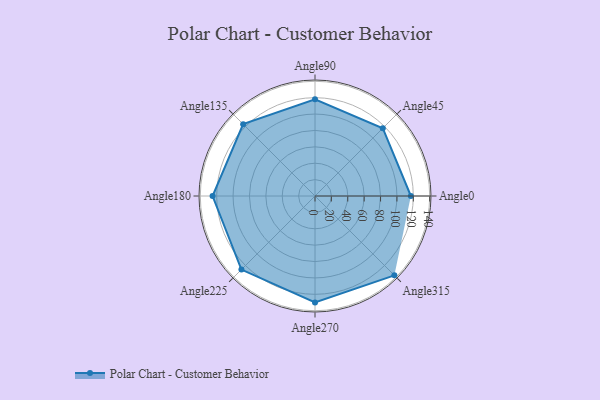
{"axis": {"x": "Angle", "y": "Radius"}, "legend": [""], "data": [{"x": "Angle0", "y": 117.0, "type": ""}, {"x": "Angle45", "y": 117.0, "type": ""}, {"x": "Angle90", "y": 118.0, "type": ""}, {"x": "Angle135", "y": 124.0, "type": ""}, {"x": "Angle180", "y": 125.0, "type": ""}, {"x": "Angle225", "y": 127.0, "type": ""}, {"x": "Angle270", "y": 130.0, "type": ""}, {"x": "Angle315", "y": 137.0, "type": ""}]}